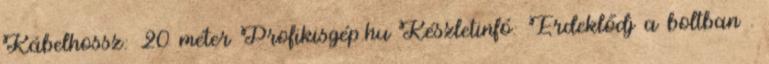
Kábelhossz: 20 méter Profikisgép.hu Készletinfó: Érdeklődj a boltban .